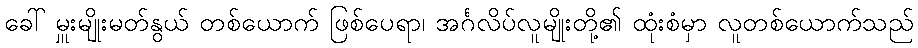
ခေါ် မှူးမျိုးမတ်နွယ် တစ်ယောက် ဖြစ်ပေရာ၊ အင်္ဂလိပ်လူမျိုးတို့၏ ထုံးစံမှာ လူတစ်ယောက်သည်